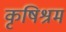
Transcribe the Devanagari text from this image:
कृषिश्रम